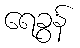
ရေခွန်